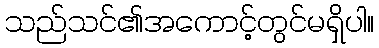
သည်သင်၏အကောင့်တွင်မရှိပါ။